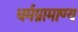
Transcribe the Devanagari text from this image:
धर्मप्रामाण्य